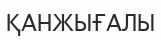
ҚАНЖЫҒАЛЫ